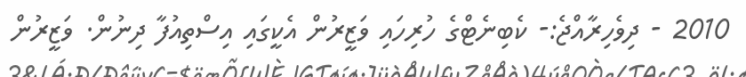
2010 - ދިވެހިރާއްޖެ:- ކެބިނެޓްގެ ހުރިހައި ވަޒީރުން އެކީގައި އިސްތިއުފާ ދިނުން. ވަޒީރުން